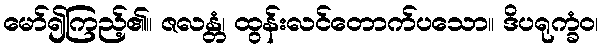
မော်၍ကြည့်၏။ ဇလန္တံ၊ ထွန်းလင်တောက်ပသော။ ဒိပရုက္ခံဝ၊